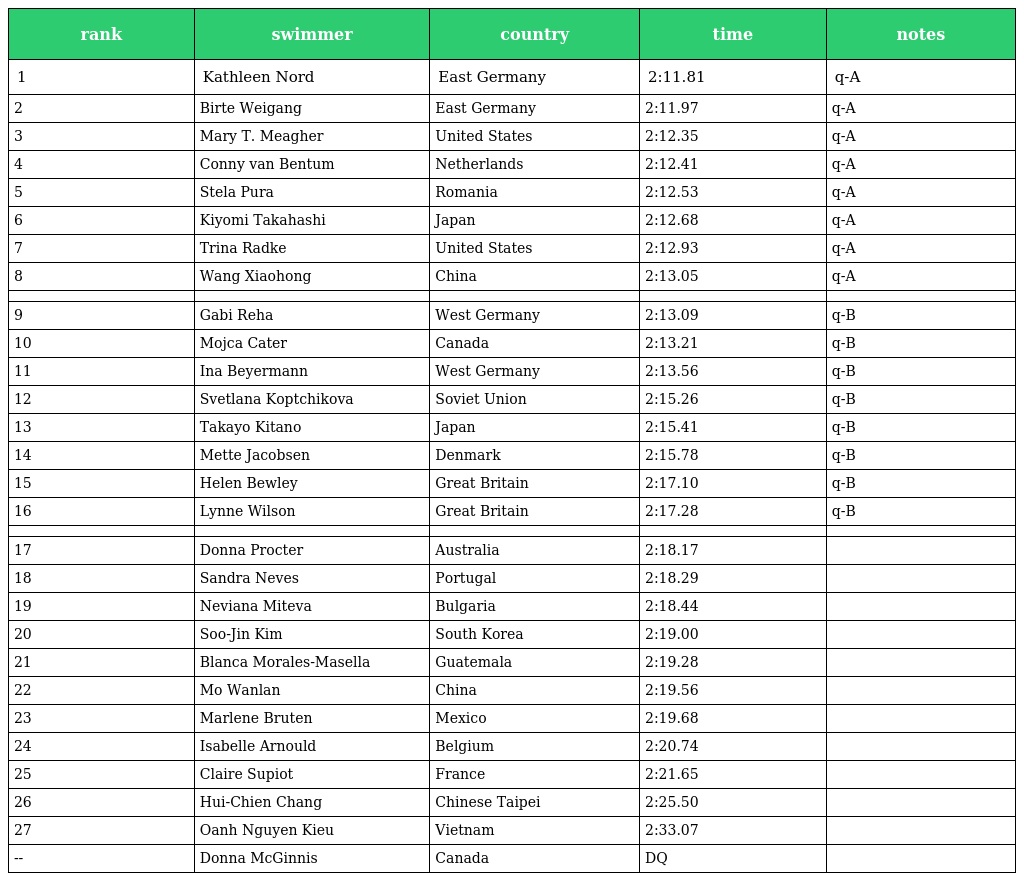
| rank | swimmer | country | time | notes |
 | --- | --- | --- | --- | --- |
 | 1 | Kathleen Nord | East Germany | 2:11.81 | q-A |
 | 2 | Birte Weigang | East Germany | 2:11.97 | q-A |
 | 3 | Mary T. Meagher | United States | 2:12.35 | q-A |
 | 4 | Conny van Bentum | Netherlands | 2:12.41 | q-A |
 | 5 | Stela Pura | Romania | 2:12.53 | q-A |
 | 6 | Kiyomi Takahashi | Japan | 2:12.68 | q-A |
 | 7 | Trina Radke | United States | 2:12.93 | q-A |
 | 8 | Wang Xiaohong | China | 2:13.05 | q-A |
 |  |  |  |  |  |
 | 9 | Gabi Reha | West Germany | 2:13.09 | q-B |
 | 10 | Mojca Cater | Canada | 2:13.21 | q-B |
 | 11 | Ina Beyermann | West Germany | 2:13.56 | q-B |
 | 12 | Svetlana Koptchikova | Soviet Union | 2:15.26 | q-B |
 | 13 | Takayo Kitano | Japan | 2:15.41 | q-B |
 | 14 | Mette Jacobsen | Denmark | 2:15.78 | q-B |
 | 15 | Helen Bewley | Great Britain | 2:17.10 | q-B |
 | 16 | Lynne Wilson | Great Britain | 2:17.28 | q-B |
 |  |  |  |  |  |
 | 17 | Donna Procter | Australia | 2:18.17 |  |
 | 18 | Sandra Neves | Portugal | 2:18.29 |  |
 | 19 | Neviana Miteva | Bulgaria | 2:18.44 |  |
 | 20 | Soo-Jin Kim | South Korea | 2:19.00 |  |
 | 21 | Blanca Morales-Masella | Guatemala | 2:19.28 |  |
 | 22 | Mo Wanlan | China | 2:19.56 |  |
 | 23 | Marlene Bruten | Mexico | 2:19.68 |  |
 | 24 | Isabelle Arnould | Belgium | 2:20.74 |  |
 | 25 | Claire Supiot | France | 2:21.65 |  |
 | 26 | Hui-Chien Chang | Chinese Taipei | 2:25.50 |  |
 | 27 | Oanh Nguyen Kieu | Vietnam | 2:33.07 |  |
 | -- | Donna McGinnis | Canada | DQ |  |